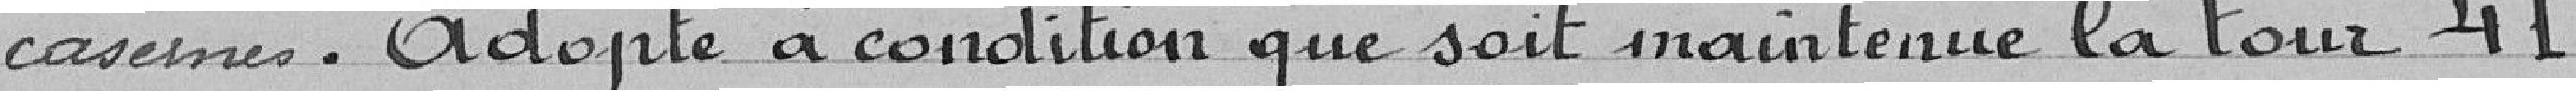
casernes. Adopté à condition que soit maintenue la tour 41.